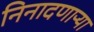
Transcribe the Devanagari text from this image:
निनादणाऱ्या